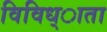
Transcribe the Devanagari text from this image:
विविध्ाता